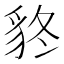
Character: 𧲴